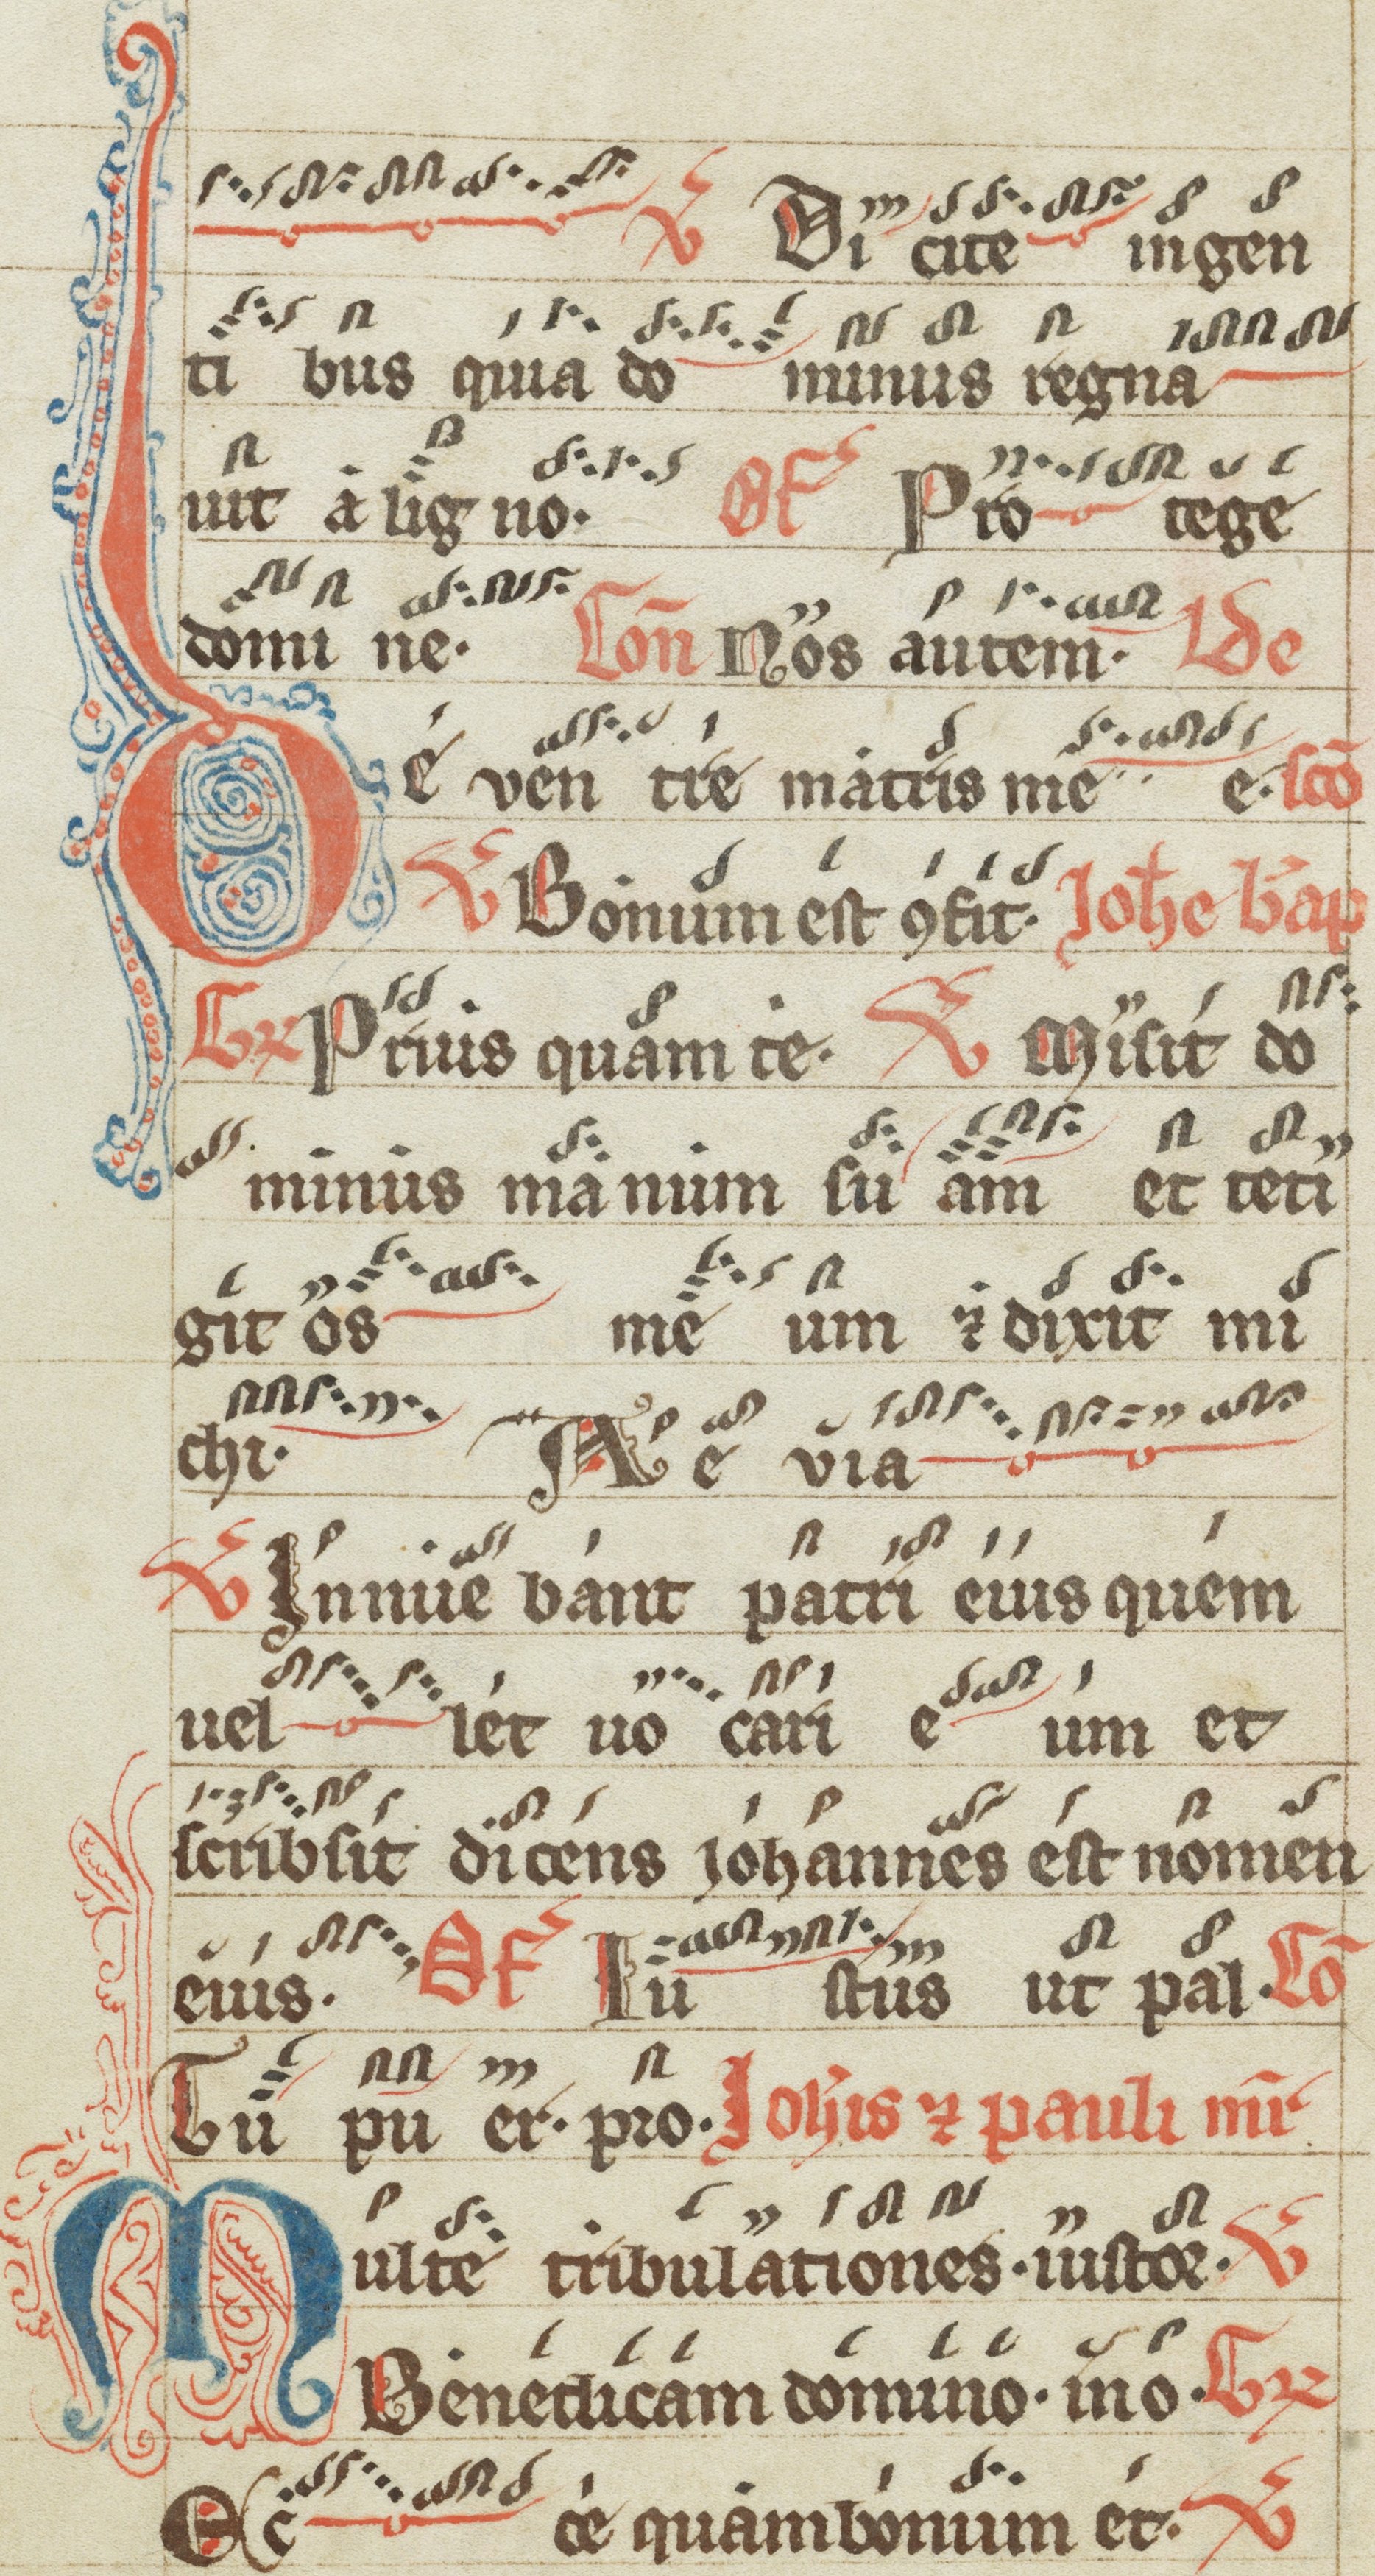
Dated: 1200–1299